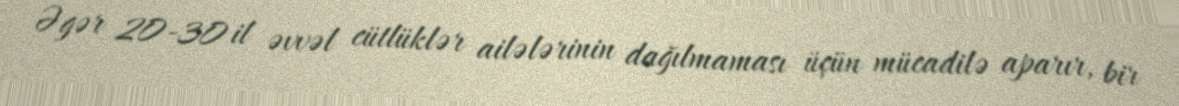
Əgər 20-30 il əvvəl cütlüklər ailələrinin dağılmaması üçün mücadilə aparır, bir